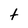
Character: t